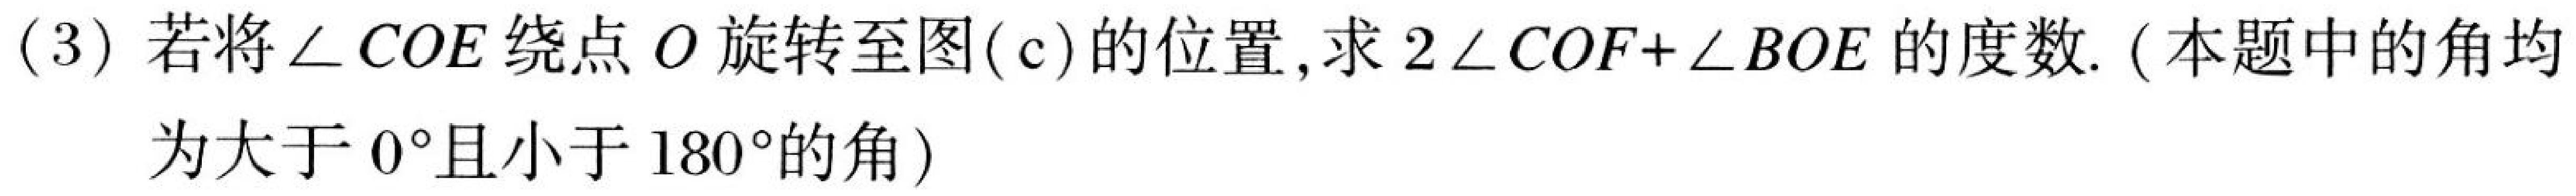
(3) 若将\(\angle COE\)绕点\(O\)旋转至图(c)的位置, 求\(2\angle COF+\angle BOE\)的度数. (本题中的角均
为大于\(0^{\circ}\)且小于\(180^{\circ}\)的角)